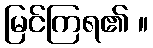
မြင်ကြရ၏ ။